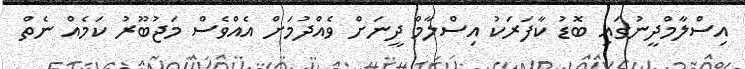
އިސްލާމްދީނުގައި ބޮޑު ކާފަރަކު އިސްލާމް ދީނަށް ވެއްދުމަށް އެއްވެސް މަޖުބޫރު ކަމެއް ނެތް